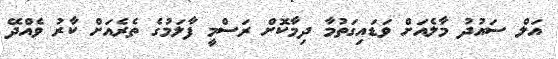
އަލް ސައުދު މާލެއަށް ވަޑައިގަތުމާ ދިމާކޮށް ރަސްމީ ފާލަމުގެ ތެރެއަށް ކާރު ވެއްދޭ